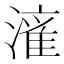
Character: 𱨼